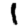
Digit: 1